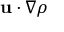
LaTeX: \mathbf { u } \cdot \nabla \rho